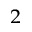
^ { 2 }